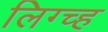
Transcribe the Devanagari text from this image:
लिग्च्ह